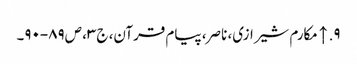
۹. ↑ مکارم شیرازی، ناصر، پیام قرآن، ج‌۳، ص‌۸۹-۹۰۔